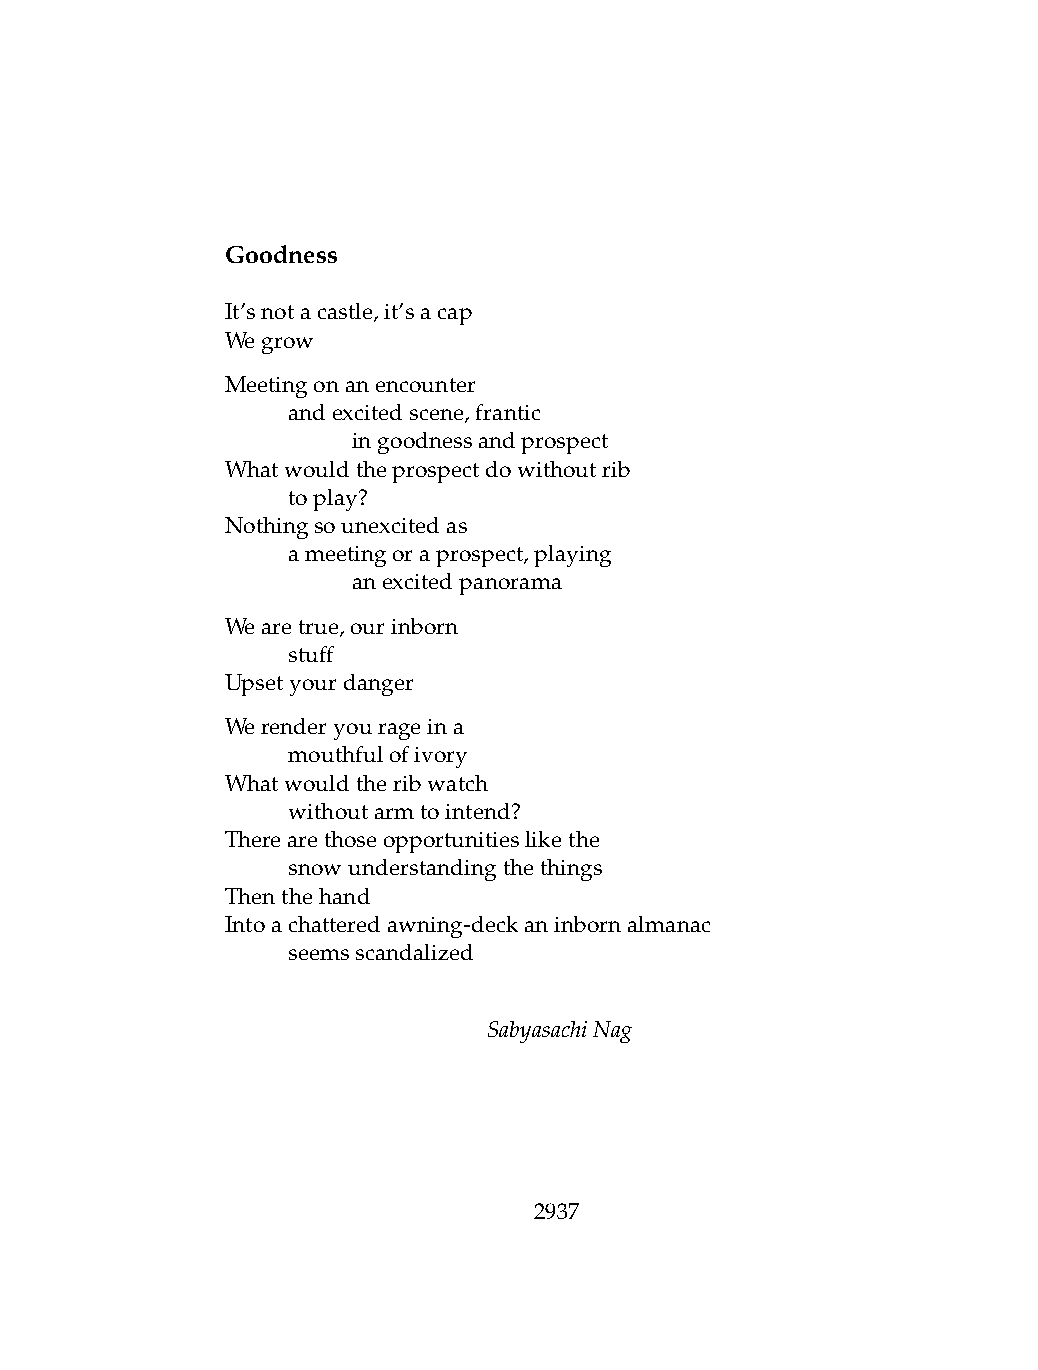
Goodness
 It’snotacastle,it’sacap
 Wegrow
 Meetingonanencounter
 .   andexcitedscene,frantic
 .   .   ingoodnessandprospect
 Whatwouldtheprospectdowithoutrib
 .   toplay?
 Nothingsounexcitedas
 .   ameetingoraprospect,playing
 .   .   anexcitedpanorama
 Wearetrue,ourinborn
 .   stuff
 Upsetyourdanger
 Werenderyourageina
 .   mouthfulofivory
 Whatwouldtheribwatch
 .   withoutarmtointend?
 Therearethoseopportunitieslikethe
 .   snowunderstandingthethings
 Thenthehand
 Intoachatteredawning-deckaninbornalmanac
 .   seemsscandalized
 SabyasachiNag
 2937